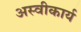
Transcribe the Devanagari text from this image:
अस्‍वीकार्य